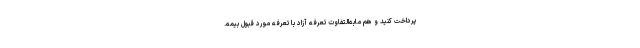
پرداخت کنید و هم مابه‌التفاوت تعرفه آزاد با تعرفه مورد قبول بیمه.